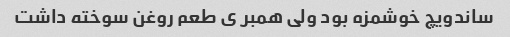
ساندویچ خوشمزه بود ولی همبر ی طعم روغن سوخته داشت